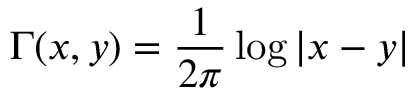
\Gamma ( x , y ) = \frac { 1 } { 2 \pi } \log | x - y |